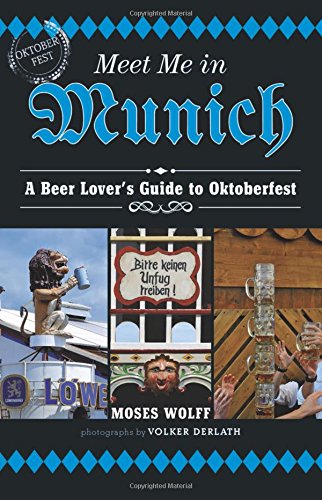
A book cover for Meet Me in Munich: A Beer Lover's Guide to Oktoberfest; Moses Wolff; Politics & Social Sciences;